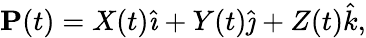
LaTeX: {\textbf{P}}(t)=X(t){\hat{\imath}}+Y(t){\hat{\jmath}}+Z(t){\hat{k}},